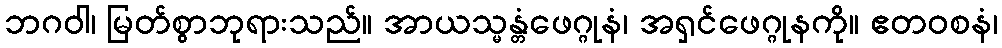
ဘဂဝါ၊ မြတ်စွာဘုရားသည်။ အာယသ္မန္တံဖေဂ္ဂုနံ၊ အရှင်ဖေဂ္ဂုနကို။ ဧတဝစနံ၊